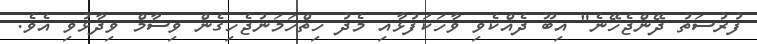
ފުރުސަތު ދޭންޖެހޭނެ" އިބޫ ދެއްކެވި ވާހަކަފުޅާއި މެދު ހިތްހަމަނުޖެހިގެން ވިސާމް ވިދާޅުވި އެވެ.